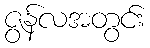
ဇွန်လအတွင်း